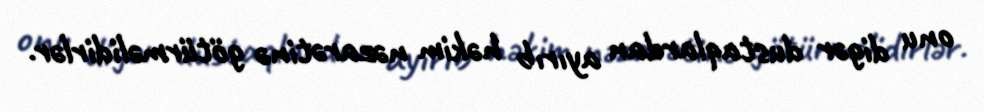
onu digər dustaqlardan ayırıb həkim nəzarətinə götürməlidirlər.